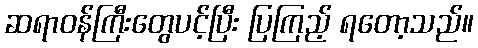
ဆရာဝန်ကြီးတွေပင့်ပြီး ပြကြည့် ရတော့သည်။